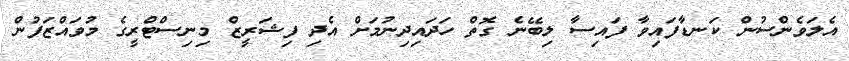
އެލަވެންސުން ކަނޑާފައިވާ ފައިސާ ލިބޭނެ ގޮތް ހަދައިދިނުމަށް އެދި ފިޝަރީޒް މިނިސްޓްރީގެ މުވައްޒަފުން